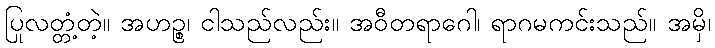
ပြုလတ္တံ့တဲ့။ အဟဉ္စ၊ ငါသည်လည်း။ အဝီတရာဂေါ၊ ရာဂမကင်းသည်။ အမှိ၊